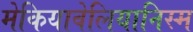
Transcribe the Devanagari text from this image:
मेकियावेलियानिस्म